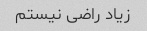
زیاد راضی نیستم